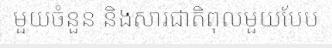
មួយចំនួន និងសារជាតិពុលមួយបែប